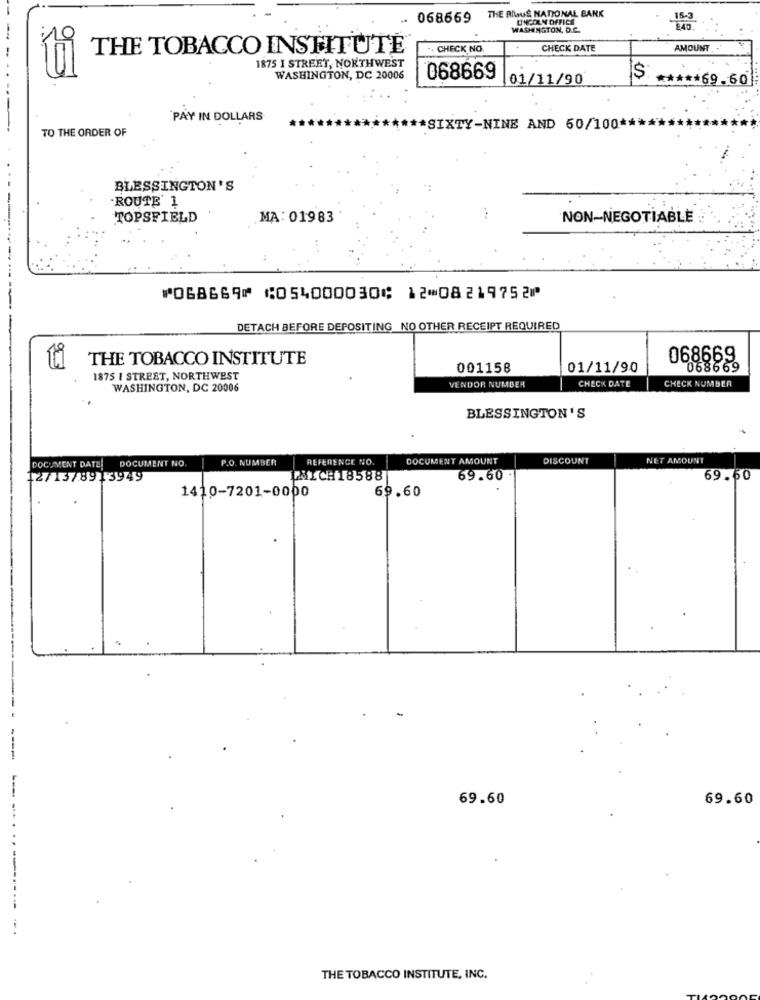
THE Bluus NATIONAL BANK
068669
LINCOLN OFFICE
WASHINGTON, D.C.
THE TOBACCO INSTITUTE®
CHECK NO.
CHECK DATE
AMOUNT .
9E
1875 I STREET, NORTHWEST
WASHINGTON, DC 20006
068669
01/11/90
$: ***** 69.60
PAY IN DOLLARS
TO THE ORDER OF
*** SIXTY-NINE AND 60/100 *******
BLESSINGTON'S
ROUTE' 1
-
TOPSFIELD
MA: 01983
NON-NEGOTIABLE
⑈068669⑈ ⑆054000030⑆ 12⑉08219752⑈
DETACH BEFORE DEPOSITING NO OTHER RECEIPT REQUIRED
THE TOBACCO INSTITUTE
068669
001158
01/11/90
068669
1875 | STREET, NORTHWEST
CHECK DATE
CHECK NUMBER
WASHINGTON, DC 20006
VENDOR NUMBER
BLESSINGTON 'S
DOCUMENT NO.
P.O. NUMBER
REFERENCE NO.
DOCUMENT AMOUNT
DISCOUNT
NET AMOUNT
DOCUMENT DATE!
12/13/8913949
LMICH18588
69.60.
69.60
1410-7201-0000
69.60
69.60
69.60
----
THE TOBACCO INSTITUTE, INC.